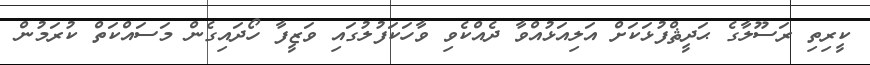
ކީރިތި ރަސޫލާގެ ޙަދީޘްފުޅަކަށް އަލިއަޅުއްވާ ދެއްކެވި ވާހަކަފުލުގައި ވަޒީފާ ހޯދައިގެން މަސައްކަތް ކުރަމުން